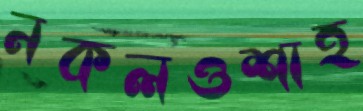
নকলওশাহ